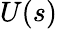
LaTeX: U(s)